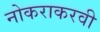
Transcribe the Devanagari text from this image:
नोकराकरवी